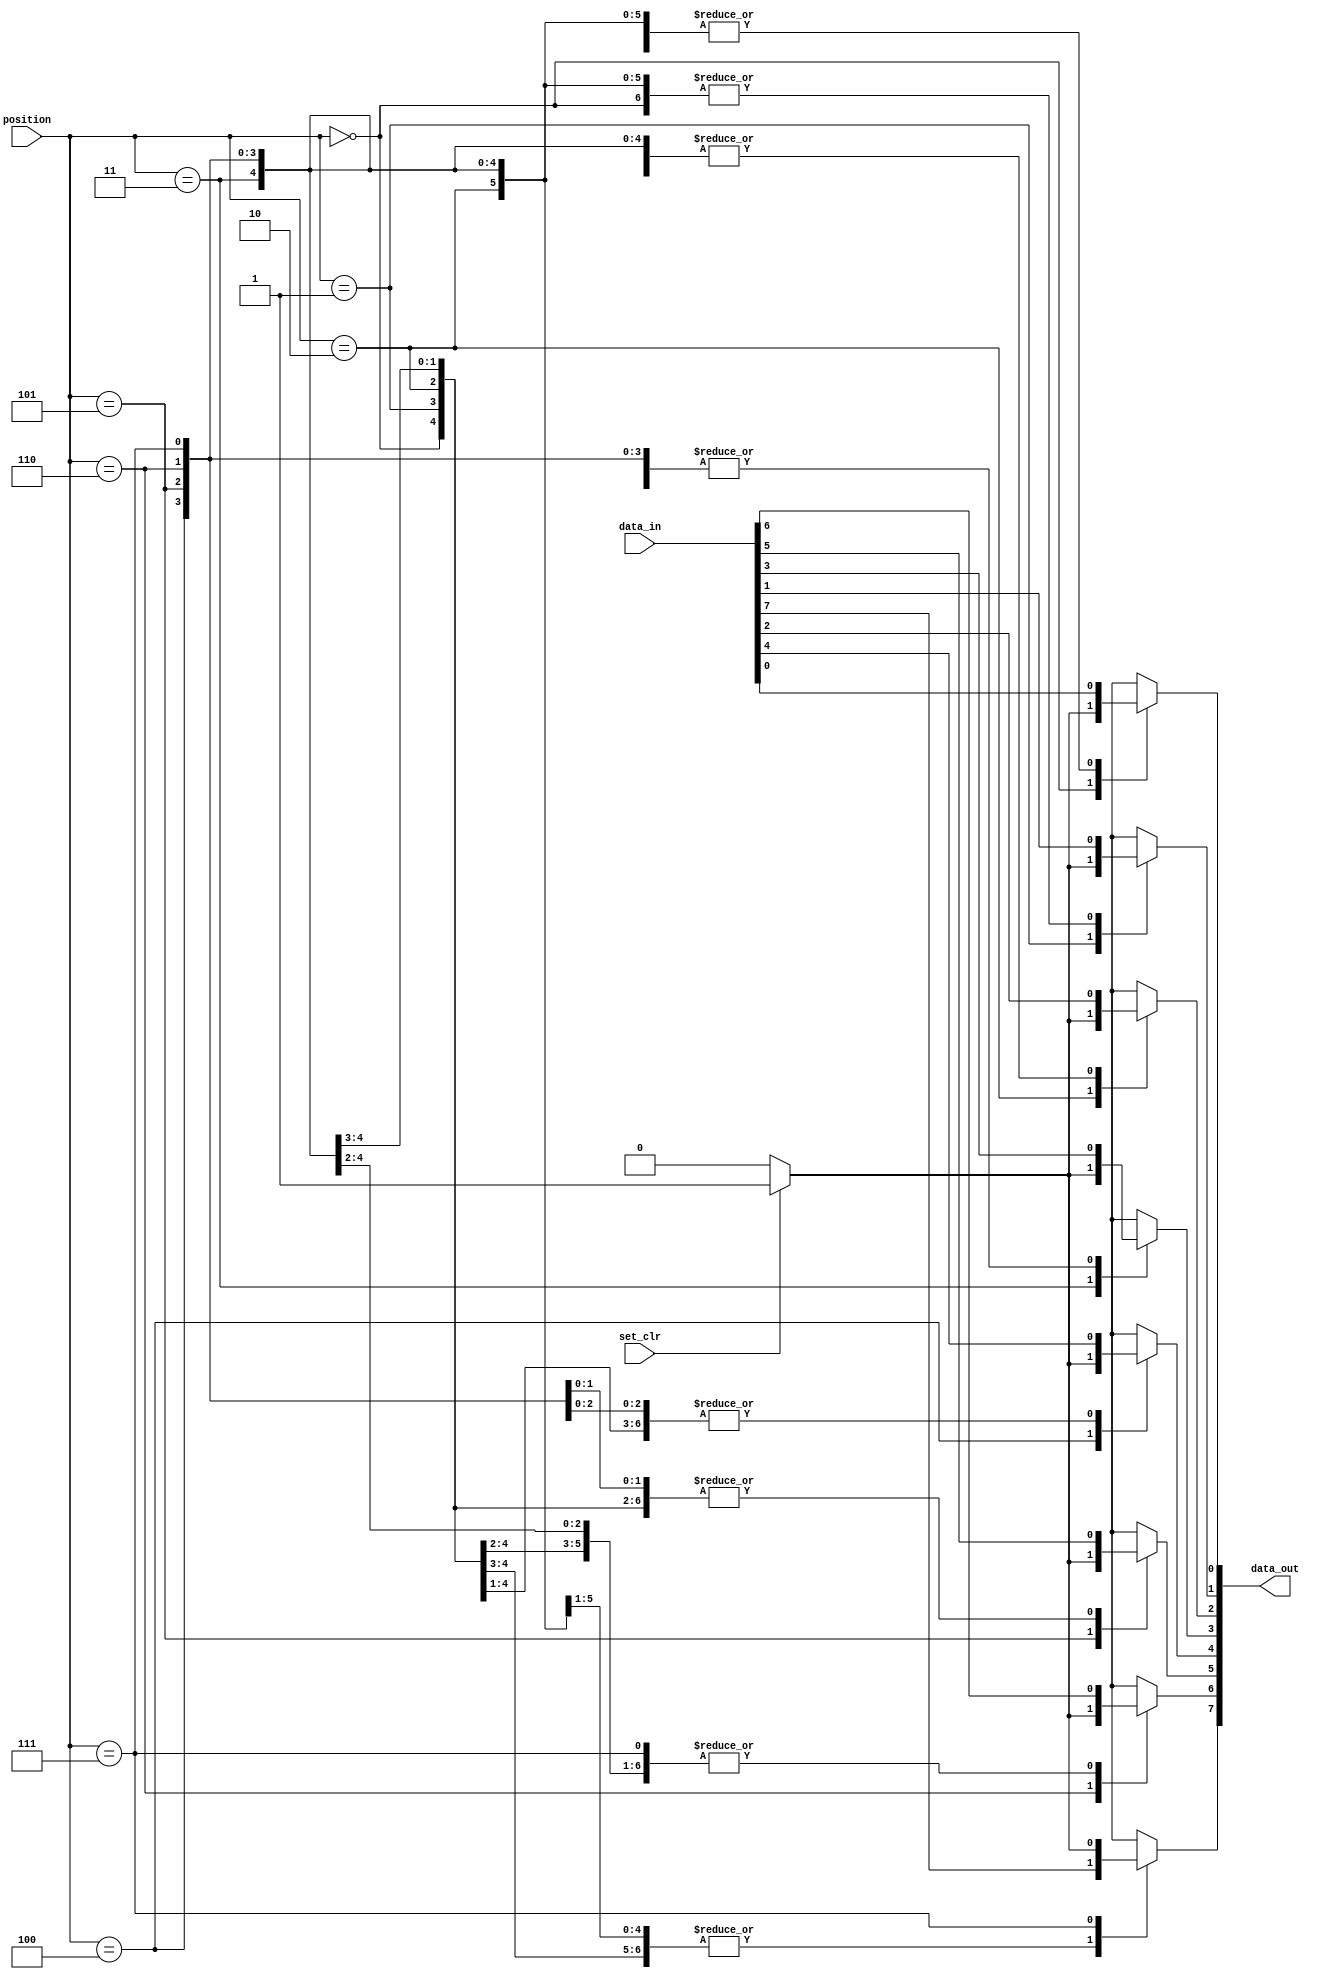
// Verilog
// Input: [7:0]data_in, [2:0]position, set_clr
// Output: [7:0]data_out
// Ex : 
// data_in = 0101_1010, position =2, set_clr=1
// data_out=0101_1110

// data_in = 0101_1110, position =1, set_clr=0
// data_out=0101_1100

module question1 (
    input [7:0] data_in,
    input [2:0] position,
    input set_clr,
    output reg [7:0] data_out
);

    // always @(*) begin
    //     if (set_clr) begin
    //         case (position)
    //             3'd0: data_out = {data_in[7:1], 1'b1};
    //             3'd1: data_out = {data_in[7:2], 1'b1, data_in[0]};
    //             3'd2: data_out = {data_in[7:3], 1'b1, data_in[1:0]};
    //             3'd3: data_out = {data_in[7:4], 1'b1, data_in[2:0]};
    //             3'd4: data_out = {data_in[7:5], 1'b1, data_in[3:0]};
    //             3'd5: data_out = {data_in[7:6], 1'b1, data_in[4:0]};
    //             3'd6: data_out = {data_in[7], 1'b1, data_in[5:0]};
    //             3'd7: data_out = {1'b1, data_in[6:0]};
    //             default: data_out = 8'd0;
    //         endcase
    //     end else begin
    //         case (position)
    //             3'd0: data_out = {data_in[7:1], 1'b0};
    //             3'd1: data_out = {data_in[7:2], 1'b0, data_in[0]};
    //             3'd2: data_out = {data_in[7:3], 1'b0, data_in[1:0]};
    //             3'd3: data_out = {data_in[7:4], 1'b0, data_in[2:0]};
    //             3'd4: data_out = {data_in[7:5], 1'b0, data_in[3:0]};
    //             3'd5: data_out = {data_in[7:6], 1'b0, data_in[4:0]};
    //             3'd6: data_out = {data_in[7], 1'b0, data_in[5:0]};
    //             3'd7: data_out = {1'b0, data_in[6:0]};
    //             default: data_out = 8'd0;
    //         endcase
    //     end
    // end
    always @(*) begin
        data_out = data_in;
        case (position)
            3'd0: data_out[0] = (set_clr) ? 1'b1 : 1'b0;
            3'd1: data_out[1] = (set_clr) ? 1'b1 : 1'b0;
            3'd2: data_out[2] = (set_clr) ? 1'b1 : 1'b0;
            3'd3: data_out[3] = (set_clr) ? 1'b1 : 1'b0;
            3'd4: data_out[4] = (set_clr) ? 1'b1 : 1'b0;
            3'd5: data_out[5] = (set_clr) ? 1'b1 : 1'b0;
            3'd6: data_out[6] = (set_clr) ? 1'b1 : 1'b0;
            3'd7: data_out[7] = (set_clr) ? 1'b1 : 1'b0;
            default: data_out = 8'd0;
        endcase

    end

endmodule